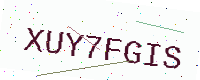
Text: XUY7FGIS